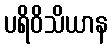
ပရိဝိသိယာန